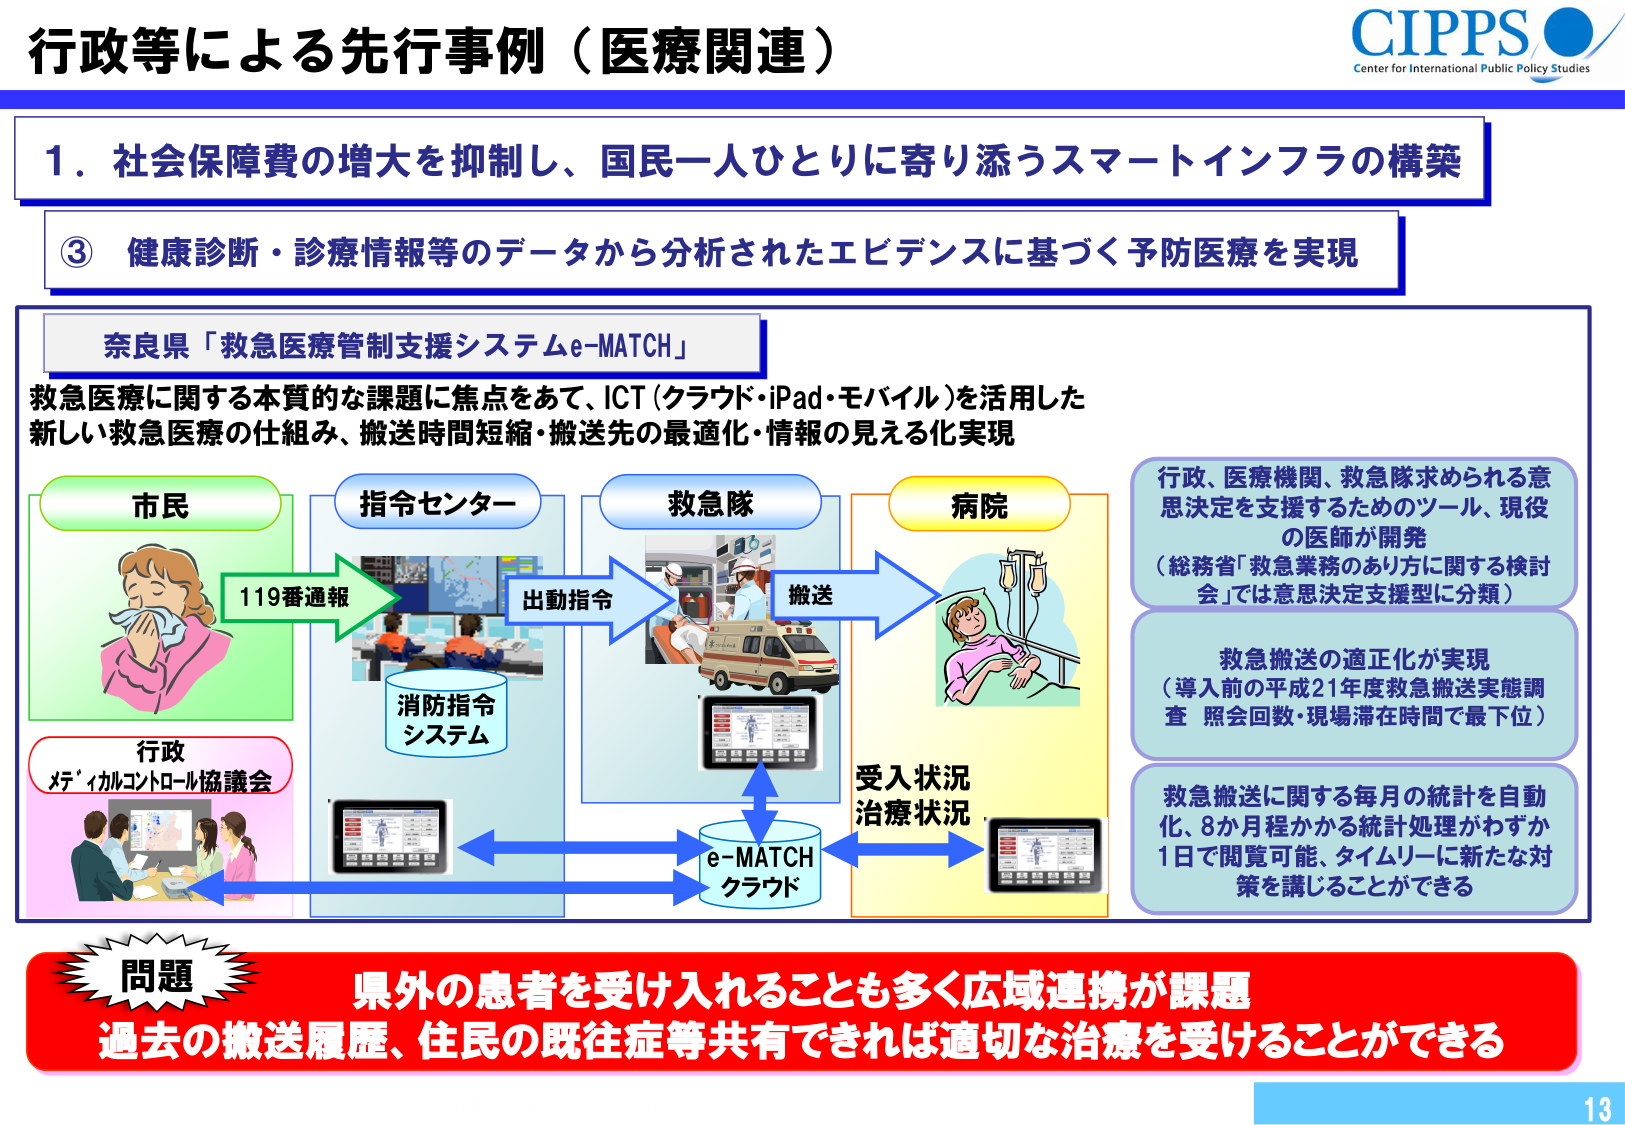
行政等による先行事例（医療関連）

CIPPS
Center for International Public Policy Studies

1．社会保障費の増大を抑制し、国民一人ひとりに寄り添うスマートインフラの構築

③ 健康診断・診療情報等のデータから分析されたエビデンスに基づく予防医療を実現

奈良県「救急医療管制支援システムe-MATCH」

救急医療に関する本質的な課題に焦点をあて、ICT（クラウド・iPad・モバイル）を活用した
新しい救急医療の仕組み、搬送時間短縮・搬送先の最適化・情報の見える化実現

市民
119番通報

指令センター
消防指令システム

救急隊
出動指令
搬送

病院
受入状況
治療状況

e-MATCH
クラウド

行政、医療機関、救急隊求められる意思決定を支援するためのツール、現役の医師が開発
（総務省「救急業務のあり方に関する検討会」では意思決定支援型に分類）

救急搬送の適正化が実現
（導入前の平成21年度救急搬送実態調査 照会回数・現場滞在時間で最下位）

救急搬送に関する毎月の統計を自動化、8か月程かかる統計処理がわずか1日で閲覧可能、タイムリーに新たな対策を講じることができる

問題
県外の患者を受け入れることも多く広域連携が課題
過去の搬送履歴、住民の既往症等共有できれば適切な治療を受けることができる

行政
メディカルコントロール協議会

13